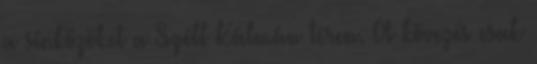
a sínközöket a Széll Kálmán téren. A kövezés csak